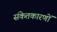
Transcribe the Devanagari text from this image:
संकेतकारणों